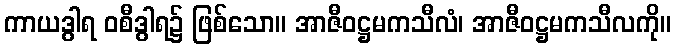
ကာယဒွါရ ဝစီဒွါရ၌ ဖြစ်သော။ အာဇီဝဋ္ဌမကသီလံ၊ အာဇီဝဋ္ဌမကသီလကို။